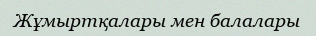
Жұмыртқалары мен балалары